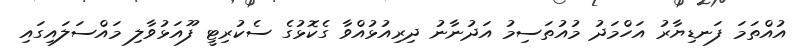
އުއްތަމަ ފަނޑިޔާރު އަހްމަދު މުއުތަސިމު އަދުނާނު ދިރިއުޅުއްވާ ގެކޮޅުގެ ސެކުރިޓީ ފޫއަޅުވާލި މައްސަލައިގައި